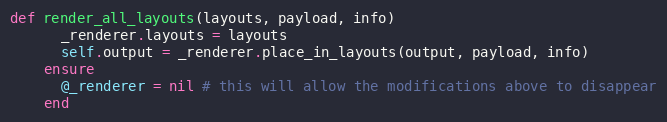
Language: Ruby
def render_all_layouts(layouts, payload, info)
      _renderer.layouts = layouts
      self.output = _renderer.place_in_layouts(output, payload, info)
    ensure
      @_renderer = nil # this will allow the modifications above to disappear
    end